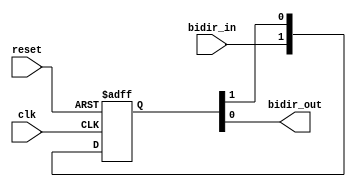
module compensated_bidirectional_buffer(
    input wire clk,
    input wire reset,
    input wire bidir_in,
    output wire bidir_out
);

reg [1:0] buffer;

always @(posedge clk or posedge reset) begin
    if (reset) begin
        buffer <= 2'b0;
    end else begin
        buffer <= {bidir_in, buffer[1]};
    end
end

assign bidir_out = buffer[0];

endmodule